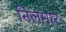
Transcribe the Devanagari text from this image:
निलमार